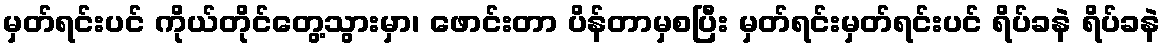
မှတ်ရင်းပင် ကိုယ်တိုင်တွေ့သွားမှာ၊ ဖောင်းတာ ပိန်တာမှစပြီး မှတ်ရင်းမှတ်ရင်းပင် ရိပ်ခနဲ ရိပ်ခနဲ